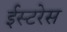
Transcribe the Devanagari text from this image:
ईस्टरेस